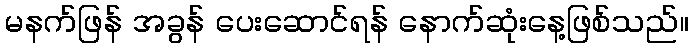
မနက်ဖြန် အခွန် ပေးဆောင်ရန် နောက်ဆုံးနေ့ဖြစ်သည်။